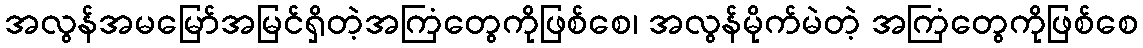
အလွန်အမမြော်အမြင်ရှိတဲ့အကြံတွေကိုဖြစ်စေ၊ အလွန်မိုက်မဲတဲ့ အကြံတွေကိုဖြစ်စေ